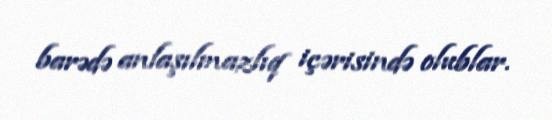
barədə anlaşılmazlıq içərisində olublar.